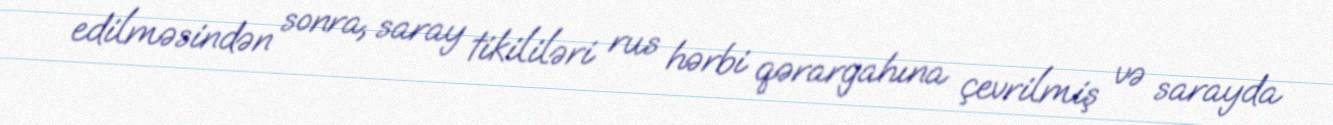
edilməsindən sonra, saray tikililəri rus hərbi qərargahına çevrilmiş və sarayda